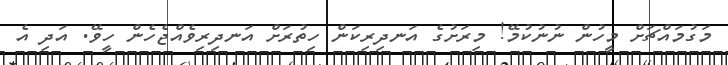
މަގުމައްޗަށް މީހުން ނުނުކުމޭ! މިރަށުގެ އަނދިރިކަން ހިތުރަށް އަނދިރިވެއްޖެހެން ހީވޭ. އަދި އެ